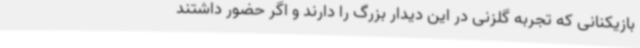
بازیکنانی که تجربه گلزنی در این دیدار بزرگ را دارند و اگر حضور داشتند